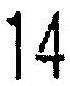
14